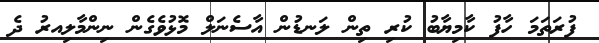
ފުރަތަމަ ހާފު ކާމިޔާބު ކުރި ތިން ލަނޑުން އާސެނަލް މޮޅުވެގެން ނިންމާލިއރު ދެ